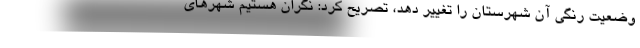
وضعیت رنگی آن شهرستان را تغییر دهد، تصریح کرد: نگران هستیم شهرهای